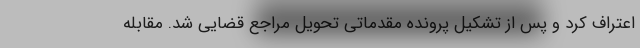
اعتراف کرد و پس از تشکیل پرونده مقدماتی تحویل مراجع قضایی شد. مقابله